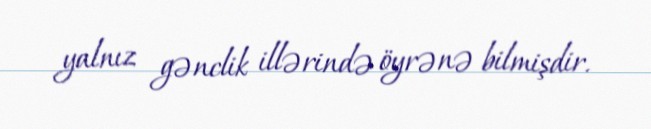
yalnız gənclik illərində öyrənə bilmişdir.